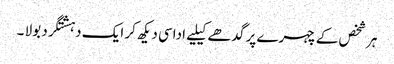
ہر شخص کے چہرے پر گدھے کیلیے اداسی دیکھ کر ایک دہشتگرد بولا ۔